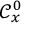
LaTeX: { \mathcal { C } } _ { x } ^ { 0 }